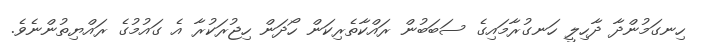
ހިނގަމުންދާ ދާހިލީ ހަނގުރާމައިގެ ސަބަބުން ރައްކާތެރިކަން ހޯދަން ހިޖުރަކުރާ އެ ގައުމުގެ ރައްޔިތުންނެވެ.